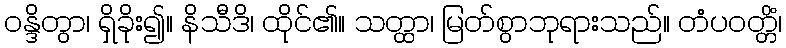
ဝန္ဒိတွာ၊ ရှိခိုး၍။ နိသီဒိ၊ ထိုင်၏။ သတ္ထာ၊ မြတ်စွာဘုရားသည်။ တံပဝတ္တိံ၊